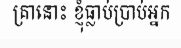
គ្រានោះ ខ្ញុំធ្លាប់ប្រាប់អ្នក